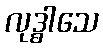
လုဒ္ဓါသေ